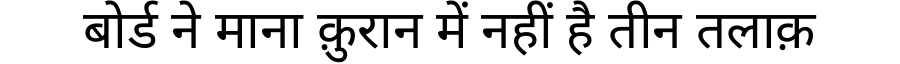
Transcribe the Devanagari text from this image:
बोर्ड ने माना क़ुरान में नहीं है तीन तलाक़